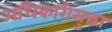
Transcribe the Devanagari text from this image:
अधिकारीसुद्धा